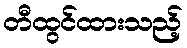
တီထွင်ထားသည့်